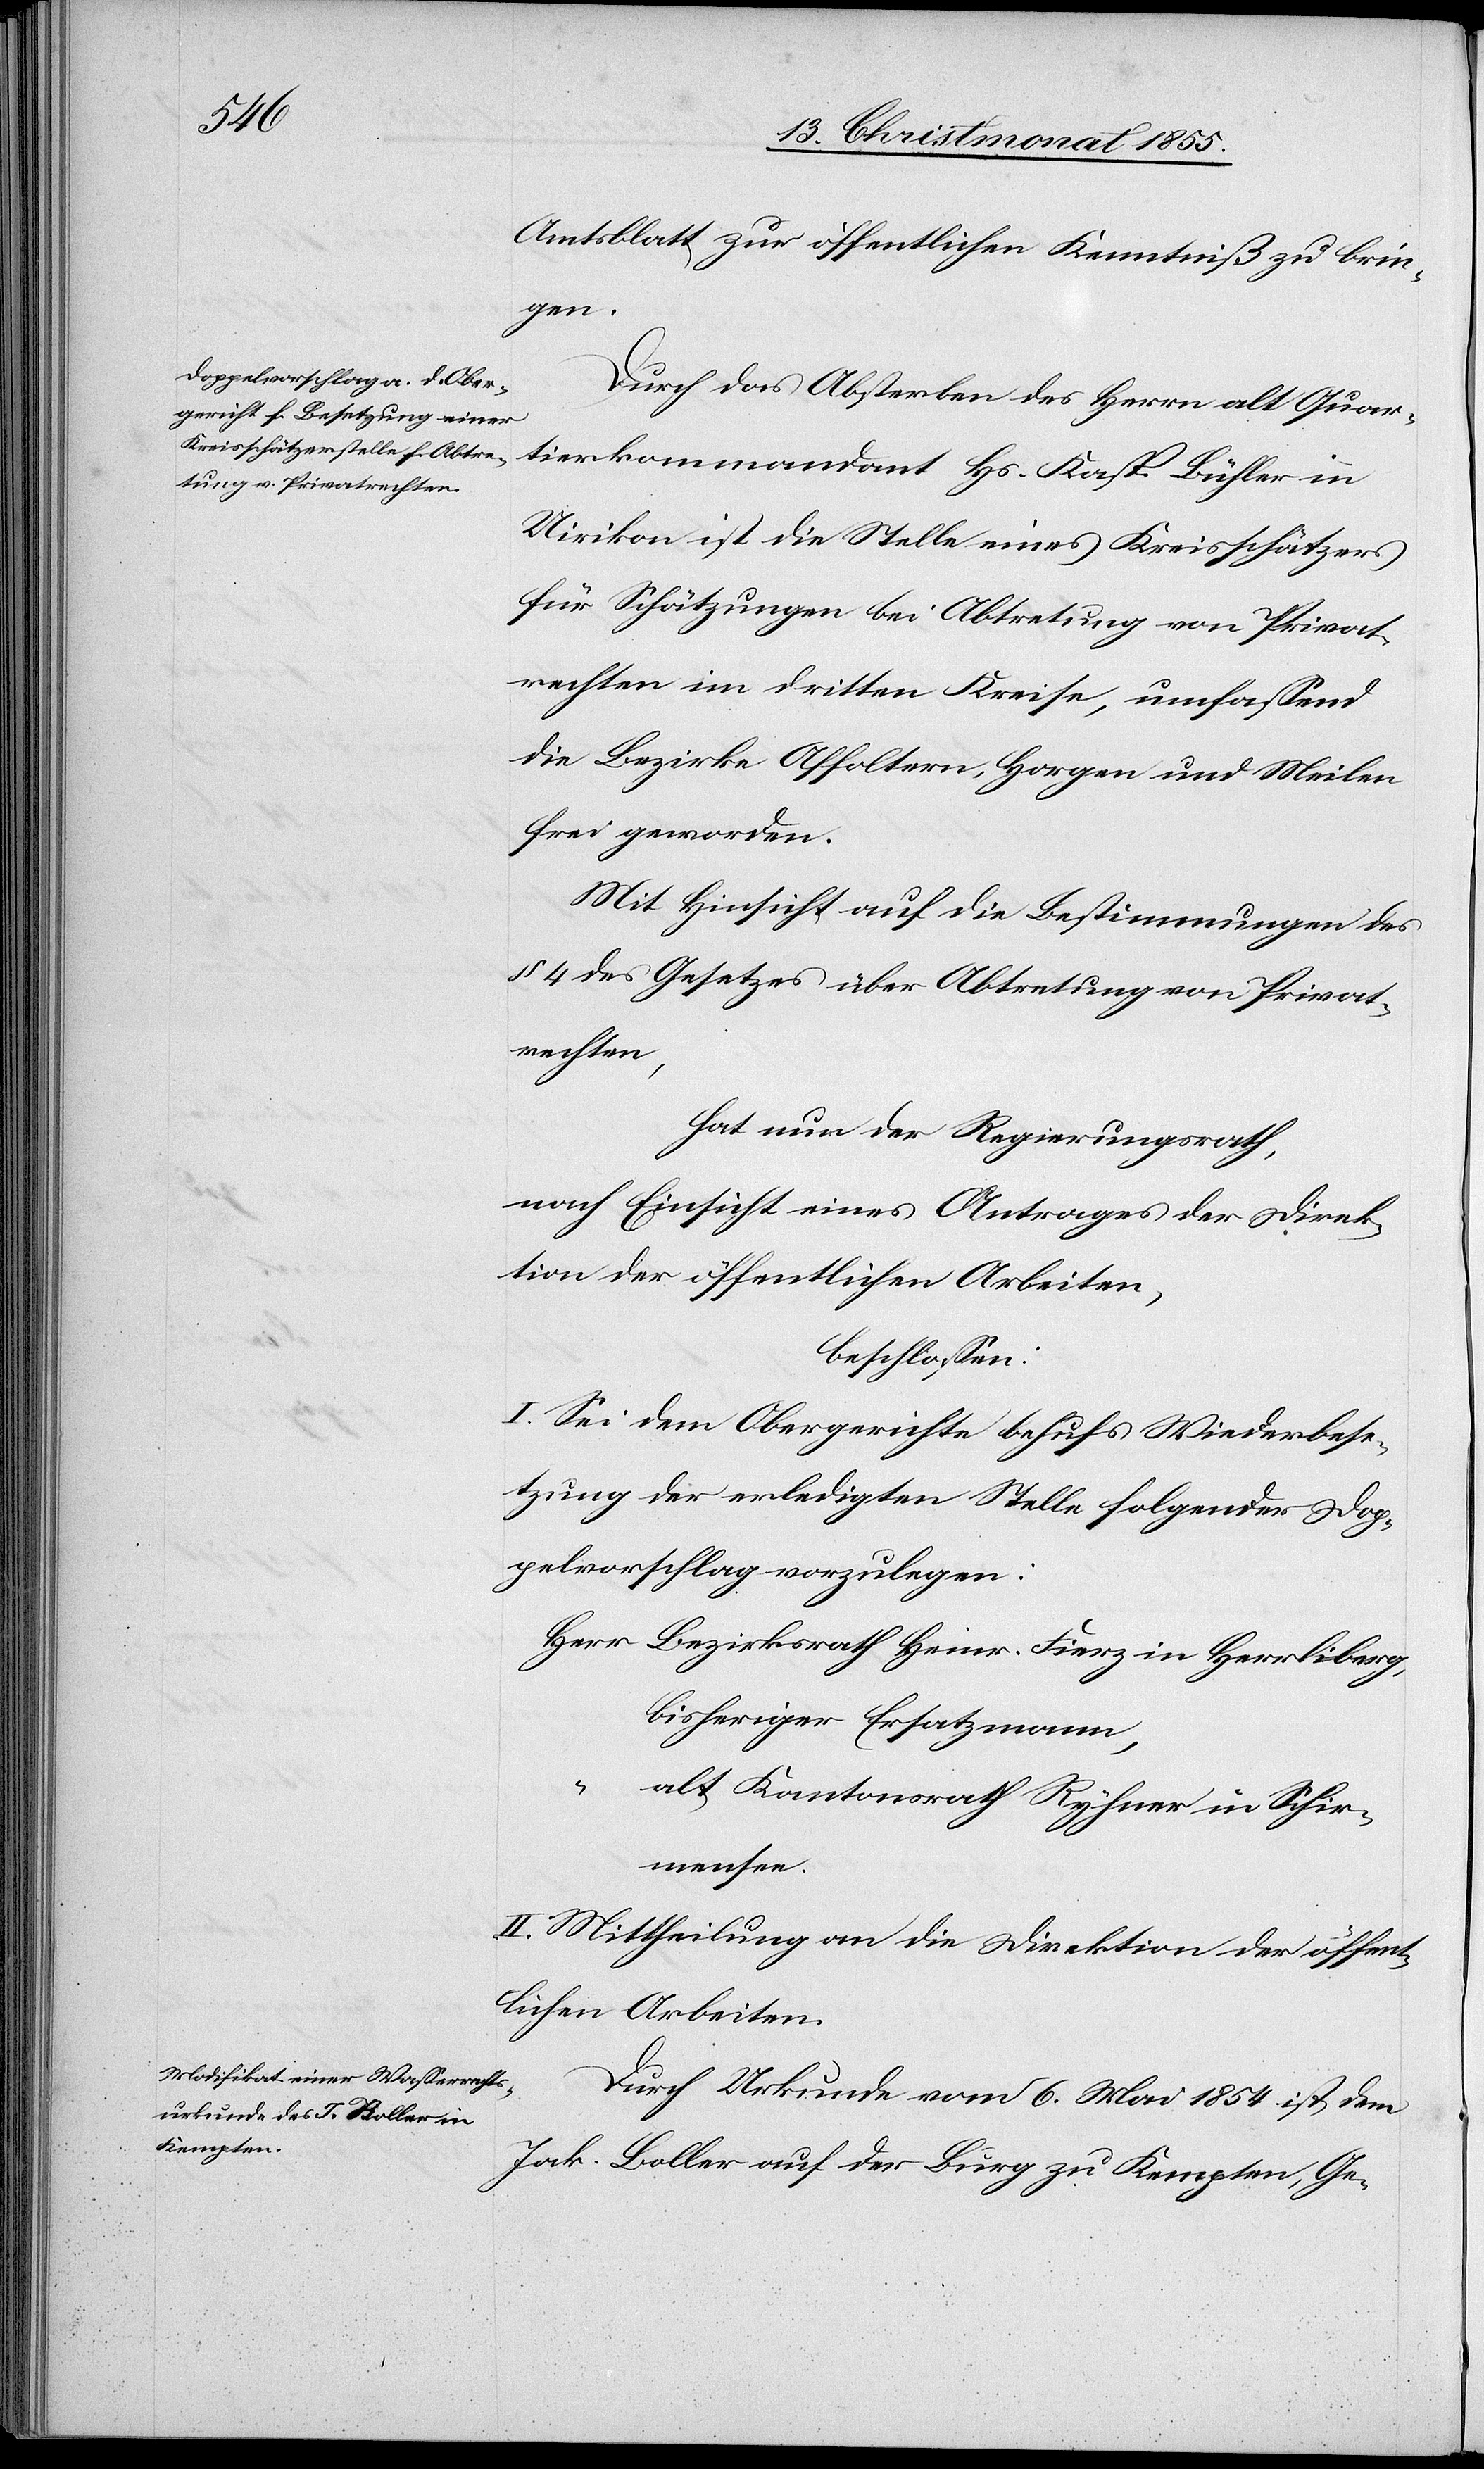
Amtsblatt zur öffentlichen Kenntniß zu brin¬
gen.
Durch das Absterben des Herrn alt Quar¬
tierkommandant Hs. Kasp. Bühler in
Uirikon ist die Stelle eines Kreisschätzers
für Schätzungen bei Abtretung von Privat¬
rechten im dritten Kreise, umfassend
die Bezirke Affoltern, Horgen und Meilen
frei geworden.
Mit Hinsicht auf die Bestimmungen des
§ 4 des Gesetzes über Abtretung von Privat¬
rechten,
hat nun der Regierungsrath,
nach Einsicht eines Antrages der Direk¬
tion der öffentlichen Arbeiten,
beschlossen:
I. Sei dem Obergerichte behufs Wiederbese¬
tzung der erledigten Stelle folgender Dop¬
pelvorschlag vorzulegen:
Herr Bezirksrath Heinr. Fierz in Herrliberg,
bisheriger Ersatzmann,
“
alt Kantonsrath Ryhner in Schir¬
mensee.
II. Mittheilung an die Direktion der öffent¬
lichen Arbeiten.
Durch Urkunde vom 6. Mai 1854 ist dem
Jak. Boller auf der Burg zu Kempten, Ge-